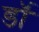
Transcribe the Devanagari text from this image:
डॉं